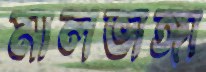
মালভাঙ্গা